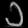
Digit: ၁